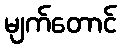
မျက်တောင်